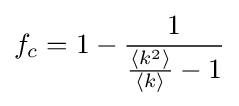
{\begin{aligned}f_{c}=1-{\frac {1}{{\frac {\langle k^{2}\rangle }{\langle k\rangle }}-1}}\end{aligned}}